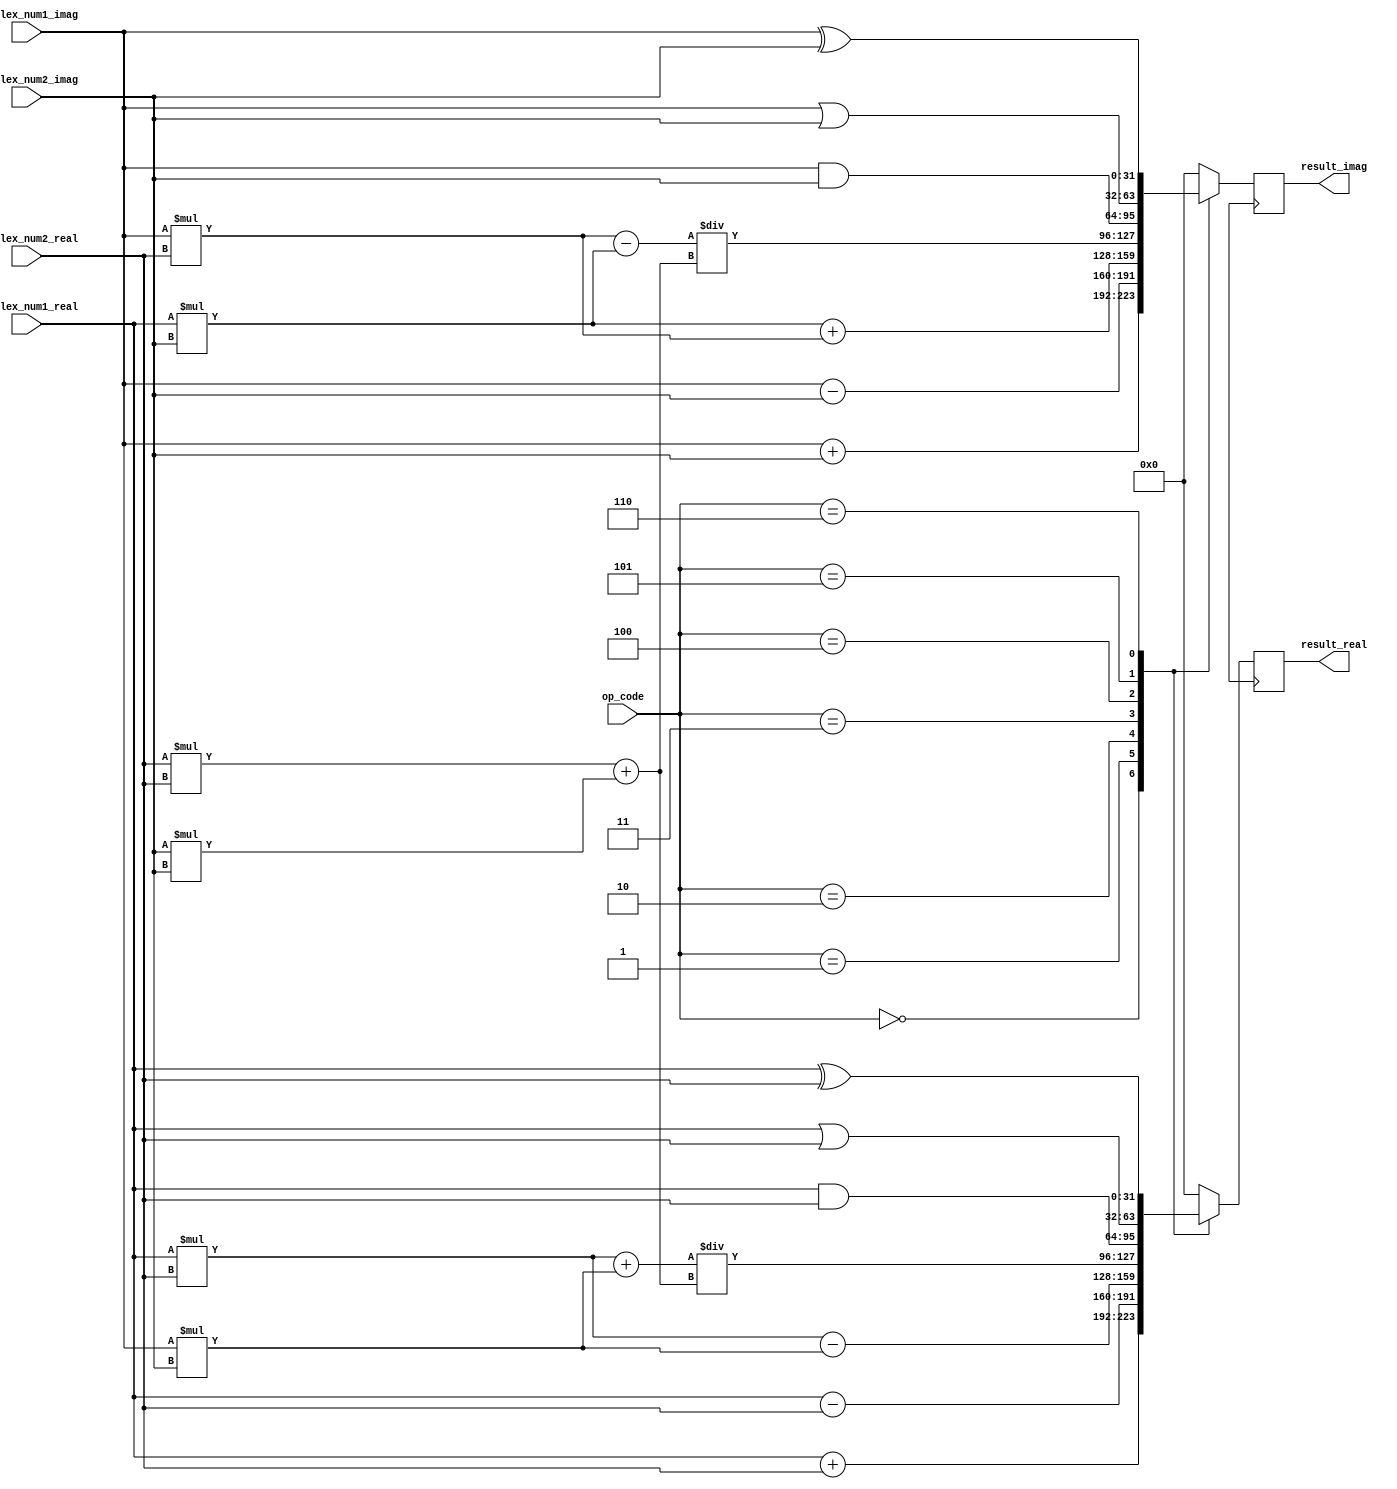
module Complex_ALU (
    input wire [31:0] complex_num1_real,
    input wire [31:0] complex_num1_imag,
    input wire [31:0] complex_num2_real,
    input wire [31:0] complex_num2_imag,
    input wire [2:0] op_code,
    output reg [31:0] result_real,
    output reg [31:0] result_imag
);

// Internal signals
reg [31:0] temp_real, temp_imag;

always @ (complex_num1_real, complex_num1_imag, complex_num2_real, complex_num2_imag, op_code) begin
    case (op_code)
        3'b000 : begin // Addition
            temp_real <= complex_num1_real + complex_num2_real;
            temp_imag <= complex_num1_imag + complex_num2_imag;
        end
        3'b001 : begin // Subtraction
            temp_real <= complex_num1_real - complex_num2_real;
            temp_imag <= complex_num1_imag - complex_num2_imag;
        end
        3'b010 : begin // Multiplication
            temp_real <= (complex_num1_real * complex_num2_real) - (complex_num1_imag * complex_num2_imag);
            temp_imag <= (complex_num1_real * complex_num2_imag) + (complex_num1_imag * complex_num2_real);
        end
        3'b011 : begin // Division
            temp_real <= ((complex_num1_real * complex_num2_real) + (complex_num1_imag * complex_num2_imag)) / ((complex_num2_real * complex_num2_real) + (complex_num2_imag * complex_num2_imag));
            temp_imag <= ((complex_num1_imag * complex_num2_real) - (complex_num1_real * complex_num2_imag)) / ((complex_num2_real * complex_num2_real) + (complex_num2_imag * complex_num2_imag));
        end
        3'b100 : begin // Logical AND
            temp_real <= complex_num1_real & complex_num2_real;
            temp_imag <= complex_num1_imag & complex_num2_imag;
        end
        3'b101 : begin // Logical OR
            temp_real <= complex_num1_real | complex_num2_real;
            temp_imag <= complex_num1_imag | complex_num2_imag;
        end
        3'b110 : begin // Logical XOR
            temp_real <= complex_num1_real ^ complex_num2_real;
            temp_imag <= complex_num1_imag ^ complex_num2_imag;
        end
        default : begin
            temp_real <= 0; // Default to 0 in case of invalid operation code
            temp_imag <= 0;
        end
    endcase
end

// Output registers
always @ (posedge clk) begin
    result_real <= temp_real;
    result_imag <= temp_imag;
end

endmodule